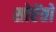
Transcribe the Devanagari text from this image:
सोरेंतो